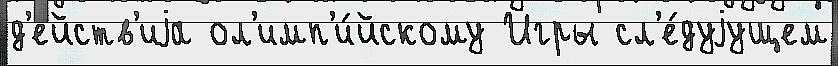
д'е́йств'иjа ол'имп'и́йскому Игры сл'е́дуjущем